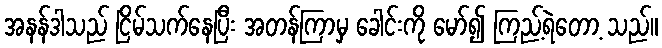
အနန်ဒါသည် ငြိမ်သက်နေပြီး အတန်ကြာမှ ခေါင်းကို မော်၍ ကြည့်ရဲတော့ သည်။